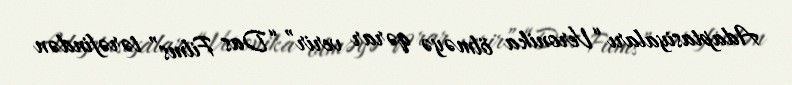
Adaptasiyaları “Veronika ölməyə qərar verir” “Das Films” tərəfindən